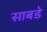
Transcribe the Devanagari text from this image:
साबडे